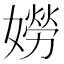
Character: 𡡯